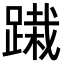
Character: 𨃭